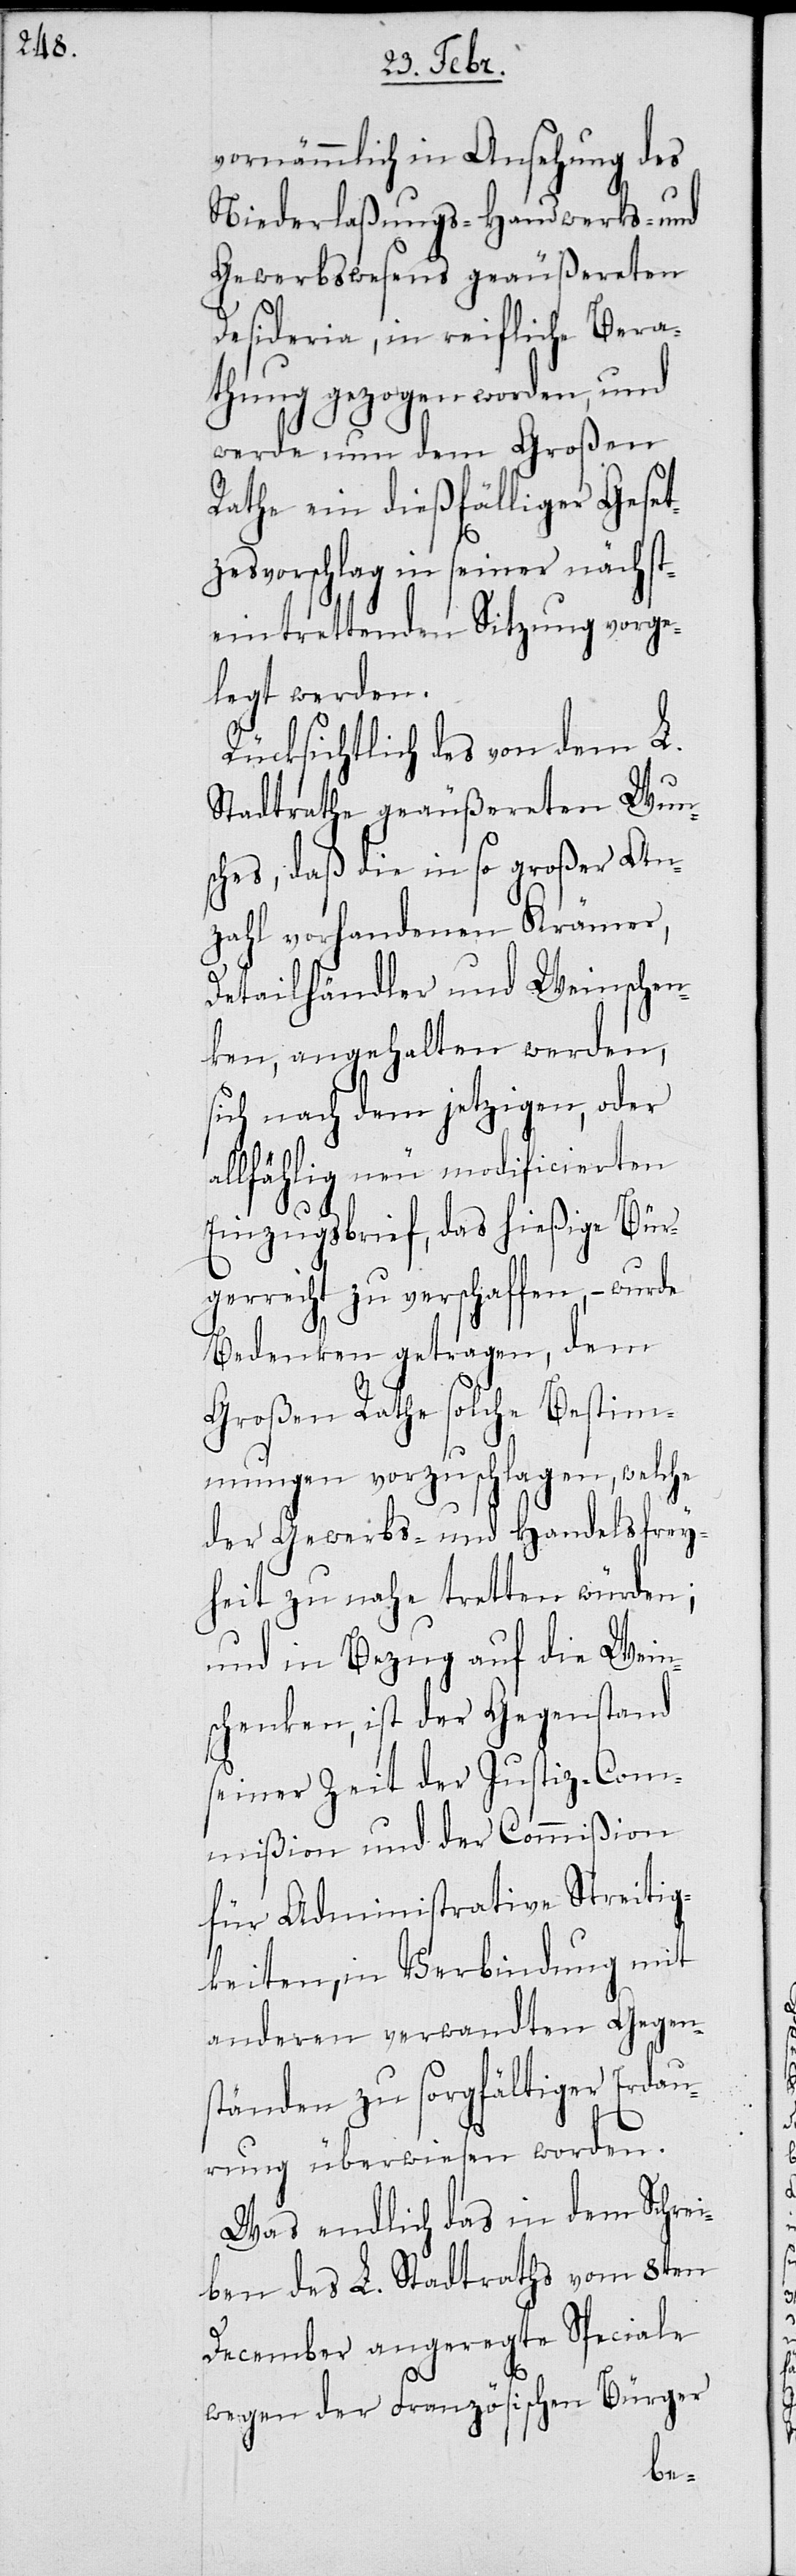
vornämmlich in Ansehung des
Niederlaßungs- Handwerks- und
Gewerbswesens geäußerten
Desideria, in reiffliche Bera¬
thung gezogen worden, und
werde nun dem Großen
Rath ein dießfälliger Geset¬
zesvorschlag in seiner nächst¬
eintrettenden Sitzung vorge¬
legt werden.
Rücksichtlich des von dem L.
Stadtrathe geäußerten Wun¬
sches, daß die in so großer An¬
zahl vorhandenen Krämer,
Detailhändler und Weinschen¬
ken, angehalten werden,
sich nach dem jetzigen, oder
allfählig neu modificierten
Einzugsbrief, das hießige Bür¬
gerrecht zu verschaffen, – wurde
Bedenken getragen, dem
Großen Rath solche Bestim¬
mungen vorzuschlagen, welche
der Gewerbs- und Handelsfrey¬
heit zu nahe tretten würden;
und in Bezug auf die Wein¬
schenken, ist der Gegenstand
seiner Zeit der Justiz-Com¬
mißion und der Commißion
für Administrative Streitig¬
keiten, in Verbindung mit
anderen verwandten Gegens¬
tänden zu sorgfältiger Erdau¬
rung überwiesen worden.
Was endlich das in dem Schrei¬
ben des L. Stadtraths vom 8ten
December angeregte Speciale
wegen der Französischen Bürger